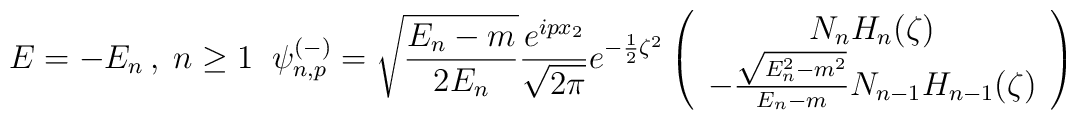
E= -E_n \, , \; n \geq 1 \; \; \psi^{(-)}_{n,p} = \sqrt{\frac {E_n-m} {2 E_n}} \frac {e^{i p x_2}} {\sqrt {2 \pi}} e^{-\frac {1} {2} {\zeta}^2} \left( \begin{array}{c} N_n H_n(\zeta) \\- \frac {\sqrt{E_n^2-m^2}} {E_n-m} N_{n-1} H_{n-1}(\zeta)\end{array} \right)